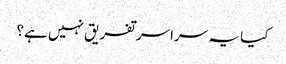
کیا یہ سراسر تفریق نہیں ہے؟